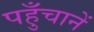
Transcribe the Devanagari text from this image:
पहुँचानें